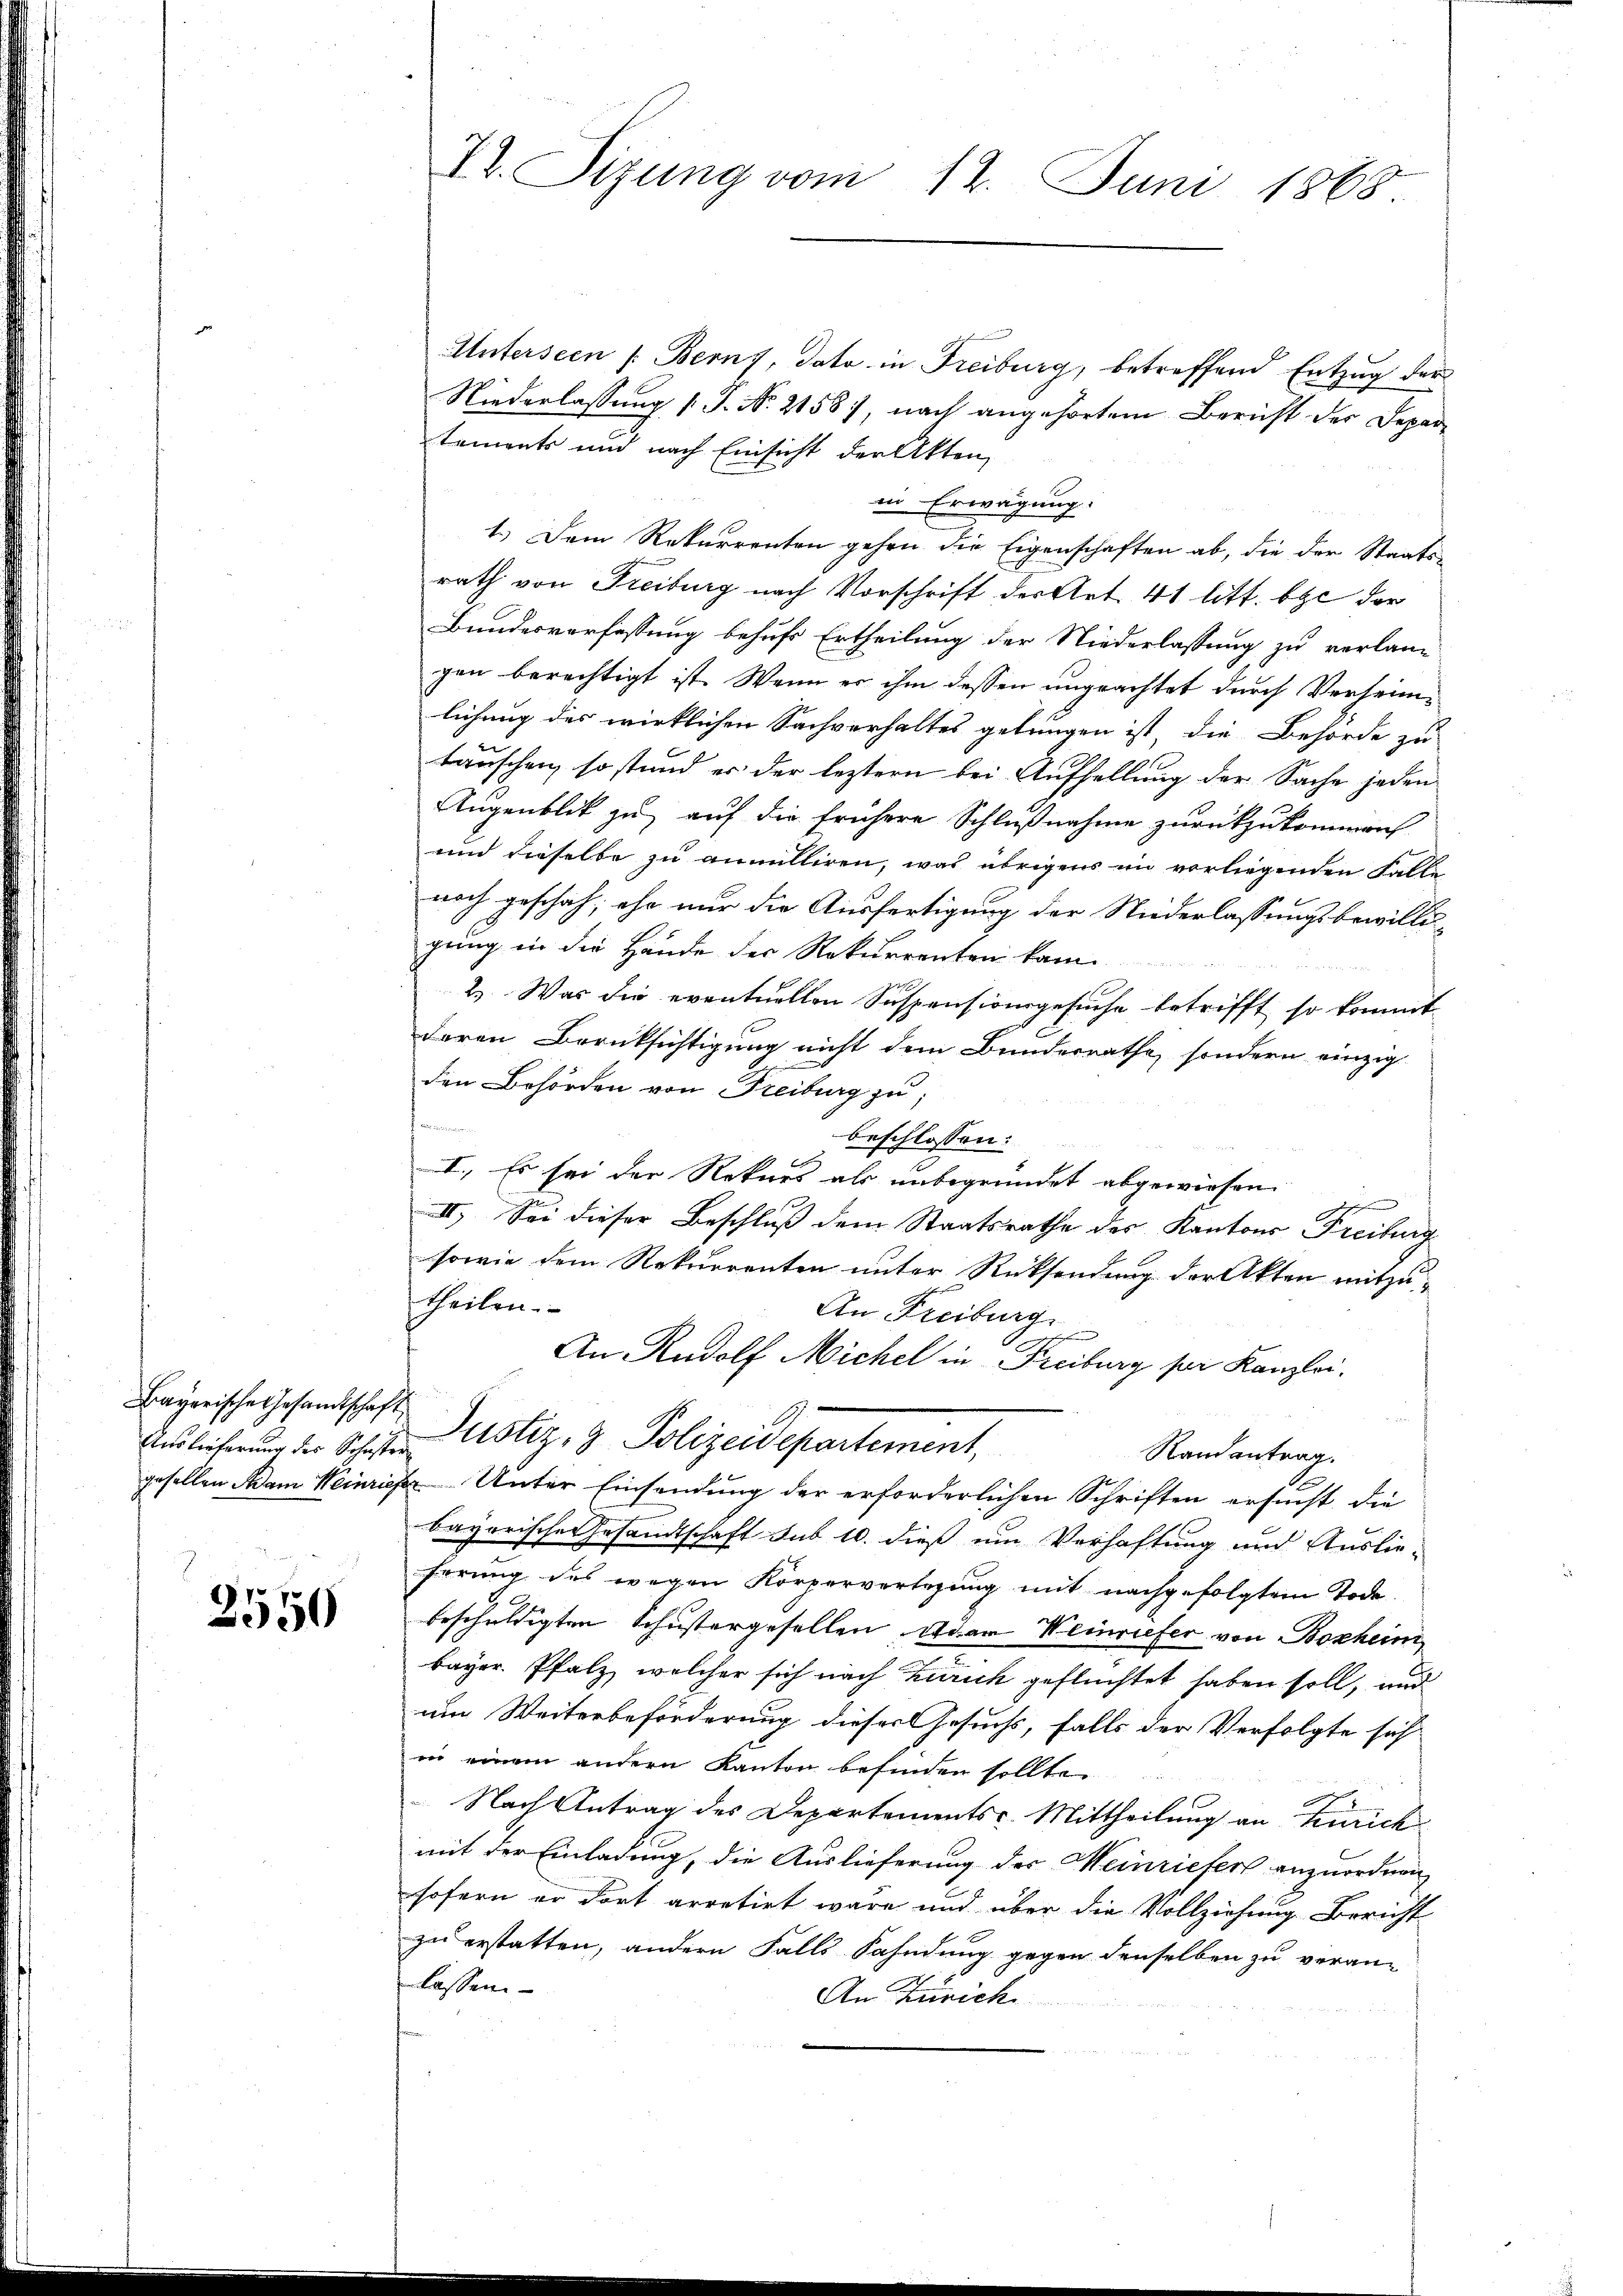
Bayerische Gesandtschaft

2550

Unterseen /: Berns, dato in Freiburg, betreffend Entzug der
Niederlassung (T. No. 21587, nach angehörtem Bericht der Depar
tements und nach Einsicht der Akten,
in Erwägung.
1.) Dem Rekurrenten gehen die Eigenschaften ab, die der Staatsrath von Freiburg nach Vorschrift der Art. 41 litt. bei der
Bundesverfassung behufs Ertheilung der Niederlassung zu verlan-
gen berechtigt ist. Wenn er ihm dessen ungeachtet durch Verheimlichung des wirklichen Sachverhaltes gelungen ist, die Behörde zu
tauschen, so stand er der leztern bei Aufhellung der Sache jeden
Augenblick zu auf die frühere Schlußnahme zurückzukommen
und dieselbe zu annulliren, was übrigens im vorliegenden Falle
noch geschäh; ehe nur die Ausfertigung der Niederlassungsbewilli¬
1
gung in die Hände der Rekurrenten kam
2. Was die eventuellen Suspensionsgesuche betrifft, so kommt
deren Berücksichtigung nicht dem Bunderrathe, sondern einzig
den Behörden von Freiburg zu,
kammen
beschlossen:
I. Es sei der Rekurs als unbegründet abgewiesen.
II. Sei dieser Beschluß dem Staatsrathe des Kantons Freiburg
sowie dem Rekurrenten unter Rücksendung der Akten mitzutheilen.
An Freiburg.
An Rudolf Michel in Freiburg per Kanzlei.
Anslicherung der Schaften Astiz & Polizeidepartement,
Randantrag.
gesellen kam Weinriefer Unter Einsendung der erforderlichen Schriften ersucht, die
bayerische Gesandtschaft sub 10. dieß um Verhaftung und Auslieferung des wegen Körperverlegung mit nachgefolgtem Tode.
beschuldigten Schustergesellen oder Weinriefer von Bosheim
bayer. Pfalz, welcher sich nach Zürich geflüchtet haben soll, und
um Weiterbeförderung dieses Gesuchs, falls der Verfolgte sich
in einem andern Kanton befinden sollte.
Nach Antrag des Departements-Mittheilung an Zürich
mit der Einladung, die Auslieferung der Meinriefer anzuordnen
sofern er dort arretirt wäre und über die Vollziehung Bericht
zu erstatten, andern Falls Fahndung gegen denselben zu veran-
lassen.
An Zürich.

7t. Sizung vom 12. Juni 1868.